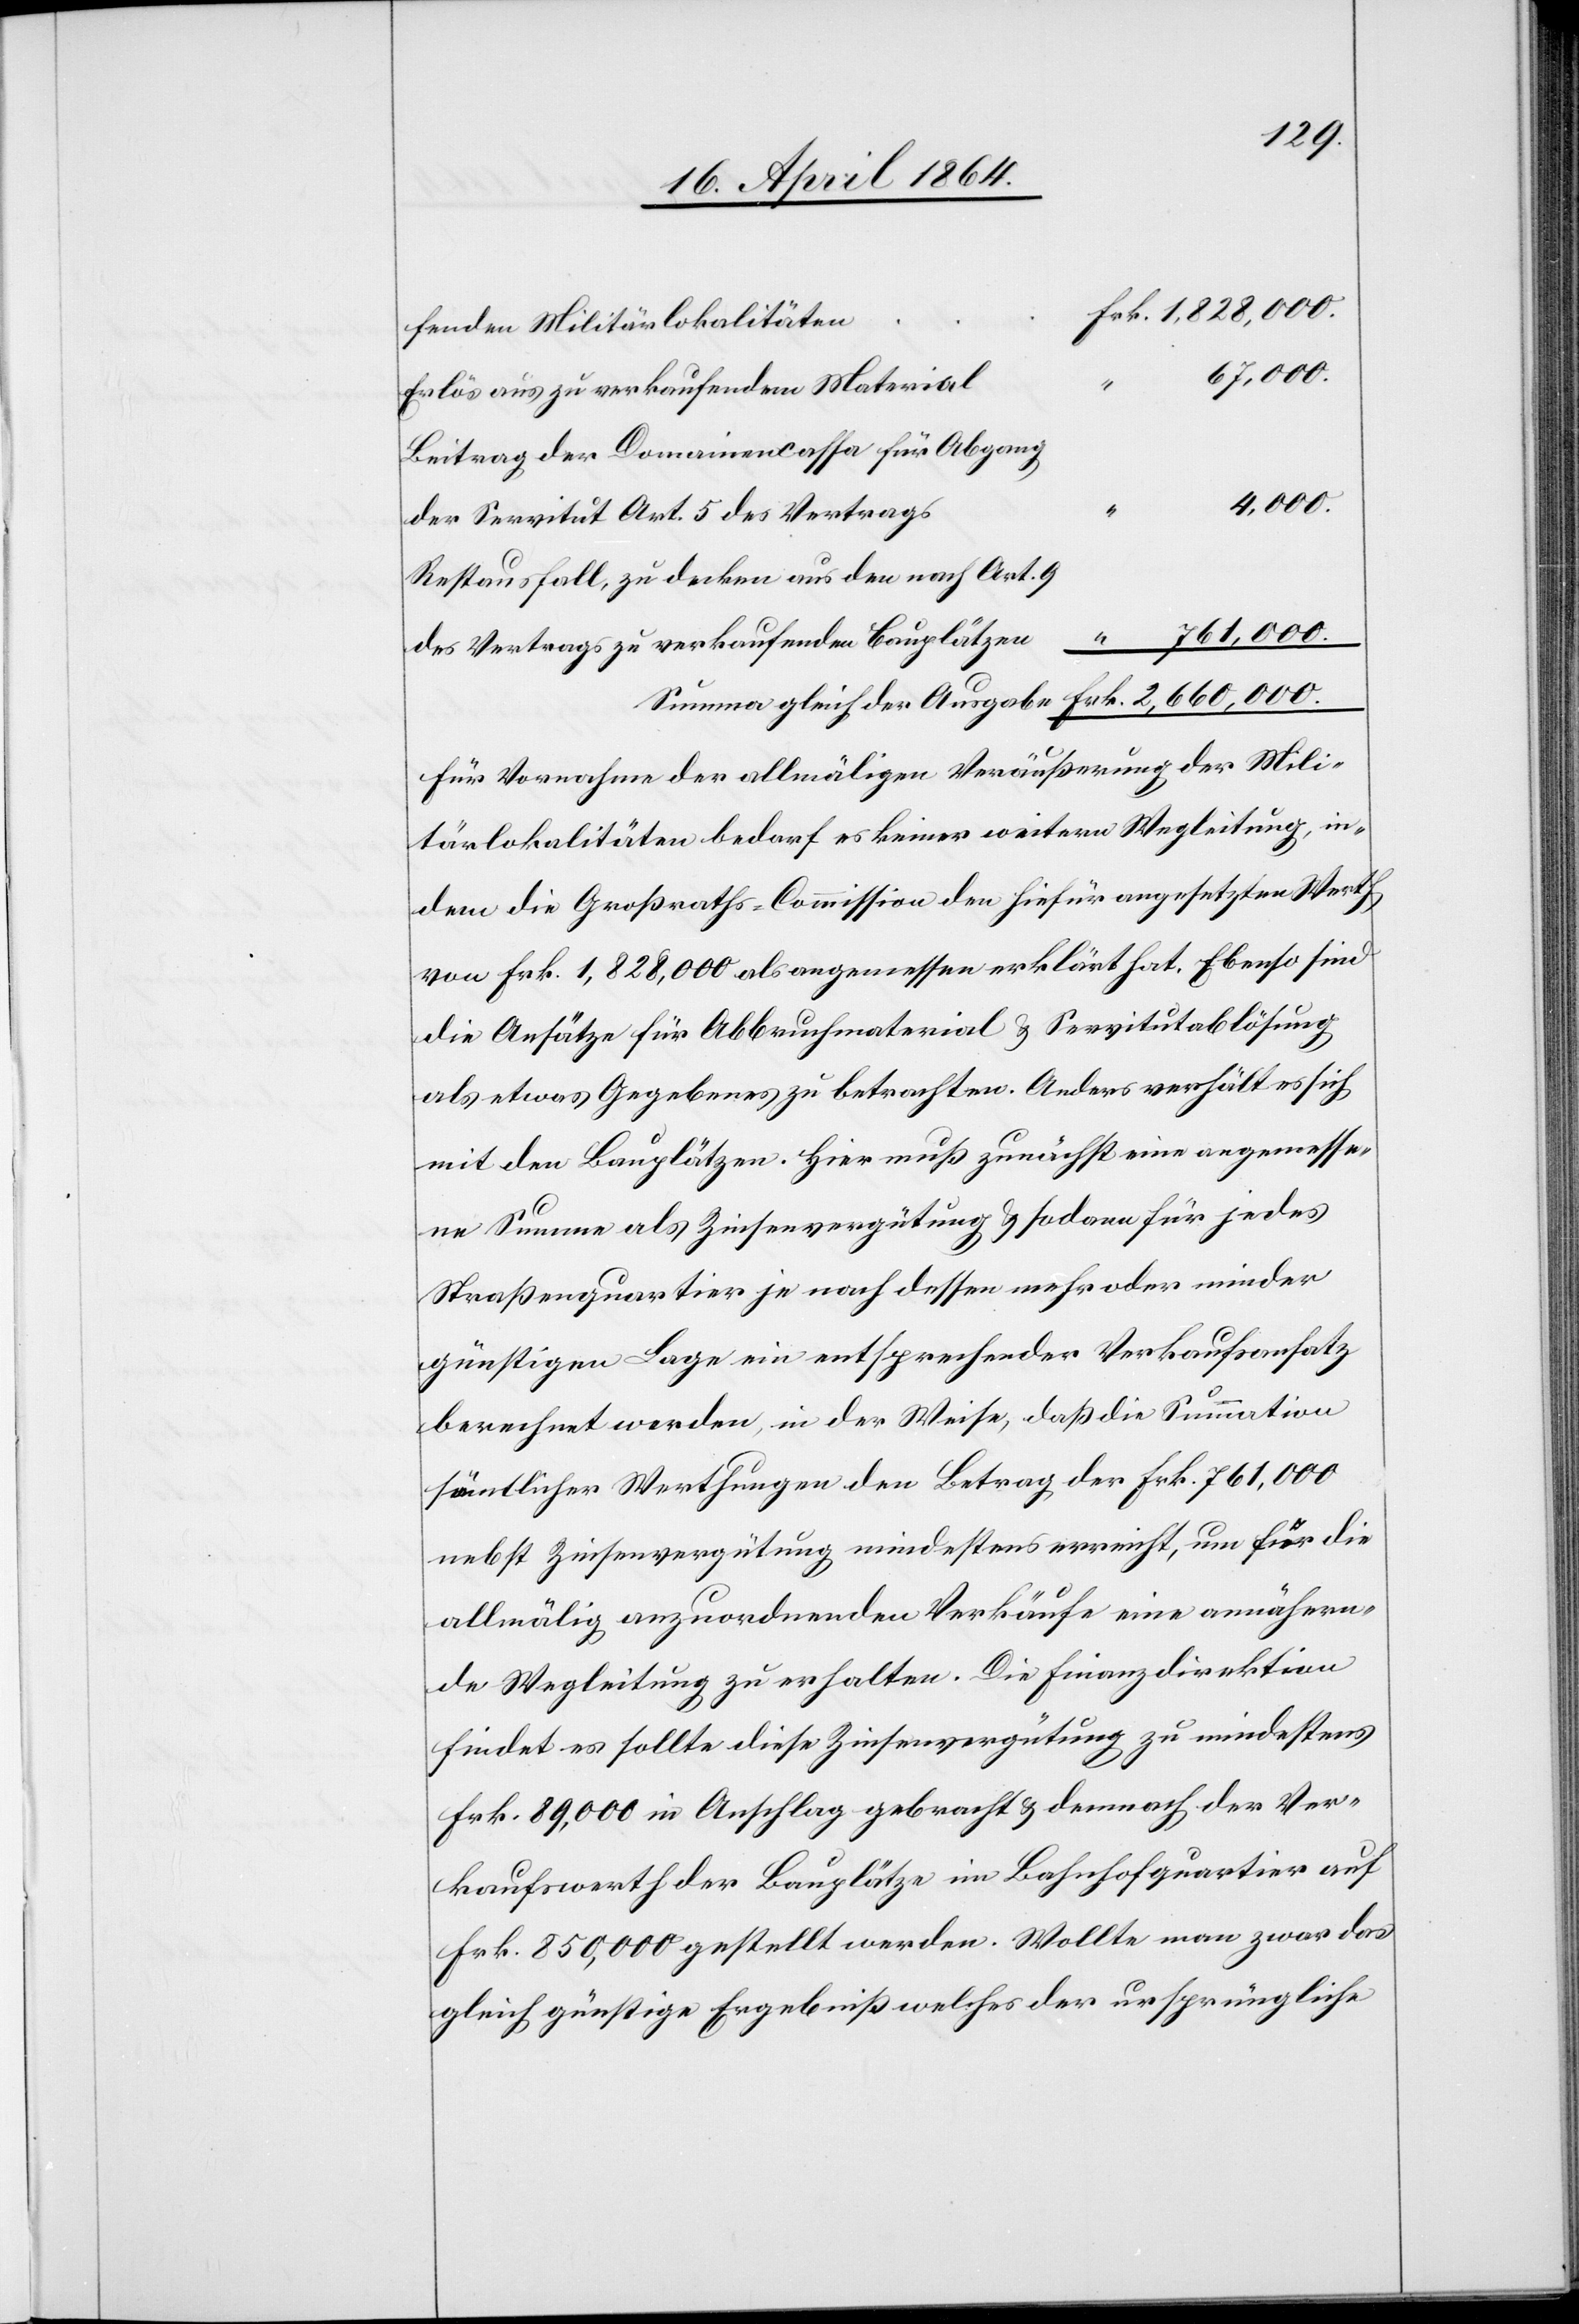
rk. 1,828,000.
fenden Militärlokalitäte¬
67,000.
Erlös aus zu verkaufendem Materia¬
Beitrag der Domainencassa für Abgang
4,000.
der Servitut Art. 5 des Vertrags
Restausfall, zu decken aus den nach Art. 9
“ 761,000.
des Vertrags zu verkaufenden Bauplätze¬
Summe gleich der Ausgabe				Frk. 2,660,000.
Für Vornahme der allmäligen Veräußerung der Mili¬
tärlokalitäten bedarf es keiner weitern Wegleitung, in¬
dem die Großraths-Commission den hiefür angesetzten Werth
von Frk. 1,828,000 als angemessen erklärt hat. Ebenso sind
die Ansätze für Abbruchmaterial u. Servitutablösung
als etwas Gegebenes zu betrachten. Anders verhält es sich
mit den Bauplätzen. Hier muß zunächst eine angemesse¬
ne Summe als Zinsenvergütung u. sodann für jedes
Straßenquartier je nach dessen mehr oder minder
günstigen Lage ein entsprechender Verkaufsersatz
berechnet werden, in der Weise, daß die Summation
sämtlicher Werthungen den Betrag der Frk. 761,000
nebst Zinsvergütung mindestens erreicht, um für die
allmälig anzuordnenden Verkäufe eine annähern¬
de Wegleitung zu erhalten. Die Finanzdirektion
findet es sollte diese Zinsenvergütung zu mindestens
Frk. 89,000 in Anschlag gebracht u. demnach der Ver¬
kaufswerth der Bauplätze im Bahnhofquartier auf
Frk. 850,000 gestellt werden, Wollte man zwar das
gleich günstige Ergebniß welches der ursprüngliche

n